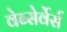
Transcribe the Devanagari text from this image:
वेब्सेर्वेर्स